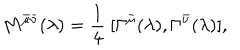
M ^ { \bar { \mu } \bar { \nu } } ( \lambda ) = \frac { 1 } { 4 } ~ [ \Gamma ^ { \bar { \mu } } ( \lambda ) , \Gamma ^ { \bar { \nu } } ( \lambda ) ] ,